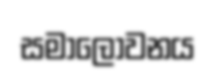
සමාලෝවනය